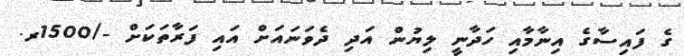
ގެ ފައިސާގެ އިނާމާއި ހަދާނީ ލިޔުން އަދި ދެވަނައަށް އައި ފަރާތަކަށް -/1500ރ.